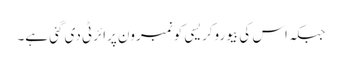
جبکہ اس کی بیوروکریسی کو نمبرون پرائرٹی دی گئی ہے۔